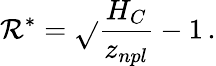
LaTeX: \mathcal{R}^{*}=\sqrt{}{{\frac{{H_{C}}}{{z_{npl}}}-1}}\, .